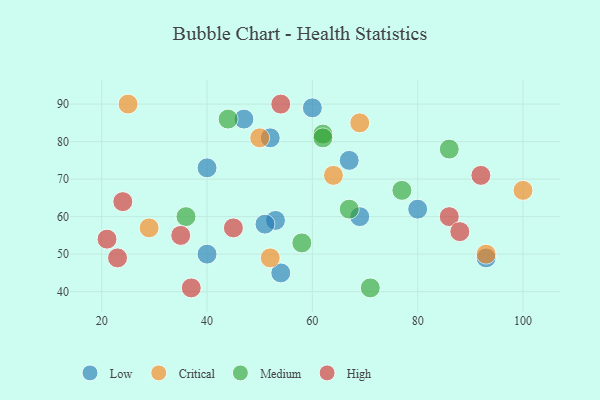
{"axis": {"x": "GDP", "y": "Life Expectancy"}, "legend": ["Critical", "High", "Low", "Medium"], "data": [{"x": "47", "y": 86, "type": "Low"}, {"x": "54", "y": 45, "type": "Low"}, {"x": "67", "y": 75, "type": "Low"}, {"x": "69", "y": 60, "type": "Low"}, {"x": "80", "y": 62, "type": "Low"}, {"x": "52", "y": 81, "type": "Low"}, {"x": "53", "y": 59, "type": "Low"}, {"x": "51", "y": 58, "type": "Low"}, {"x": "60", "y": 89, "type": "Low"}, {"x": "40", "y": 50, "type": "Low"}, {"x": "93", "y": 49, "type": "Low"}, {"x": "40", "y": 73, "type": "Low"}, {"x": "50", "y": 81, "type": "Critical"}, {"x": "69", "y": 85, "type": "Critical"}, {"x": "100", "y": 67, "type": "Critical"}, {"x": "64", "y": 71, "type": "Critical"}, {"x": "52", "y": 49, "type": "Critical"}, {"x": "25", "y": 90, "type": "Critical"}, {"x": "29", "y": 57, "type": "Critical"}, {"x": "93", "y": 50, "type": "Critical"}, {"x": "77", "y": 67, "type": "Medium"}, {"x": "58", "y": 53, "type": "Medium"}, {"x": "36", "y": 60, "type": "Medium"}, {"x": "62", "y": 82, "type": "Medium"}, {"x": "71", "y": 41, "type": "Medium"}, {"x": "86", "y": 78, "type": "Medium"}, {"x": "44", "y": 86, "type": "Medium"}, {"x": "62", "y": 81, "type": "Medium"}, {"x": "67", "y": 62, "type": "Medium"}, {"x": "21", "y": 54, "type": "High"}, {"x": "35", "y": 55, "type": "High"}, {"x": "23", "y": 49, "type": "High"}, {"x": "45", "y": 57, "type": "High"}, {"x": "86", "y": 60, "type": "High"}, {"x": "24", "y": 64, "type": "High"}, {"x": "37", "y": 41, "type": "High"}, {"x": "88", "y": 56, "type": "High"}, {"x": "54", "y": 90, "type": "High"}, {"x": "92", "y": 71, "type": "High"}]}